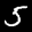
Label: 5